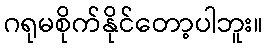
ဂရုမစိုက်နိုင်တော့ပါဘူး။